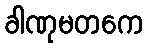
ခါဏုမတကေ